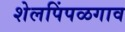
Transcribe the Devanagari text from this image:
शेलपिंपळगाव